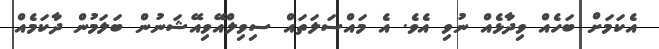
އެކަމަށް ބަހެއް ވިދާޅެއް ނުވި އެވެ. އެ މައްސަލަތައް ސިވިލްއޭވިއޭޝަނުން ބަލަމުން ދާކަމެއް